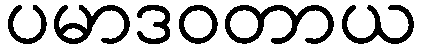
ပမာဒဝတာယ